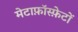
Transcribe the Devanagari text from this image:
मेटाफ़ॉस्फ़ेटों